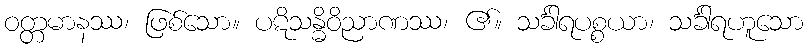
ဝတ္တမာနဿ၊ ဖြစ်သော။ ပဋိသန္ဓိဝိညာဏဿ၊ ၏။ သင်္ခါရပစ္စယာ၊ သင်္ခါရဟူသော